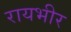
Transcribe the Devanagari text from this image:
रायभीर